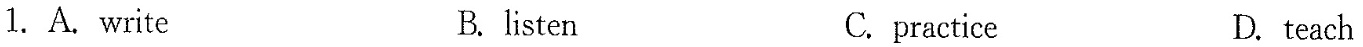
1.A. write B.listen C.practice D. teach